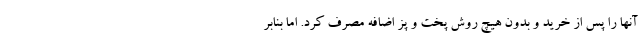
آنها را پس از خريد و بدون هيچ روش پخت و پز اضافه مصرف كرد. اما بنابر